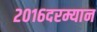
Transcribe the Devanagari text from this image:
२०१६दरम्यान